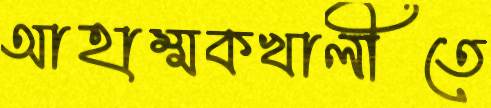
আহাম্মকখালীতে